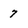
Character: 7